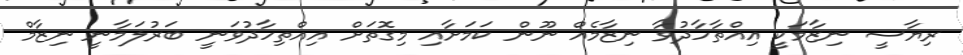
ރިޔާސީ ނިޒާމަކީ އިއްތާހާދުވާ ނިޒާމެއް ނޫން ކަމަށާއި މިގޮތަށް އިއްތިހާދުވަނީ ބަރުލަމާނީ ނިޒާމް